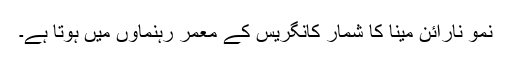
نمو نارائن مینا کا شمار کانگریس کے معمر رہنماوں میں ہوتا ہے۔